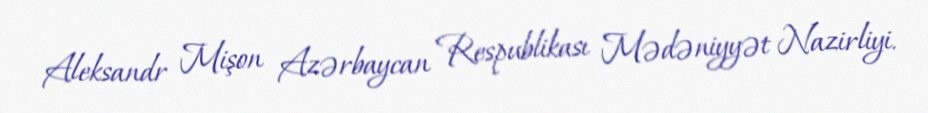
Aleksandr Mişon Azərbaycan Respublikası Mədəniyyət Nazirliyi.